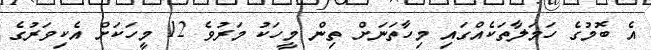
އެ ބޮމުގެ ހަމަލާތަކެއްގައި މިހާތަނަށް ތިން މީހަކު މަރުވެ 12 މީހަކަށް އެކިވަރުގެ